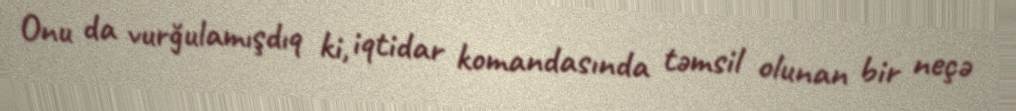
Onu da vurğulamışdıq ki, iqtidar komandasında təmsil olunan bir neçə